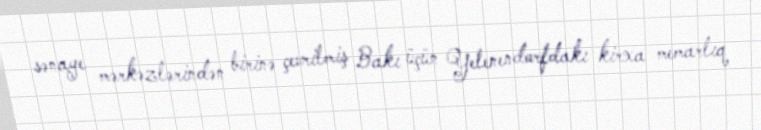
sənaye mərkəzlərindən birinə çevrilmiş Bakı üçün Yelenendorfdakı kirxa memarlıq